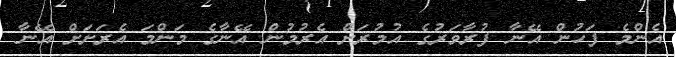
އެންމެ ފަހުން އޭނާ ފުރާވަރުގެ އުމުރަށް އެރުމުން އޭނާގެ މަންމަ އެރަށަށް އޭނާ